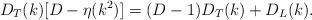
LaTeX: \begin{align*}D_T(k) [D-\eta(k^2)] = (D-1)D_T(k)+D_L(k) .\end{align*}